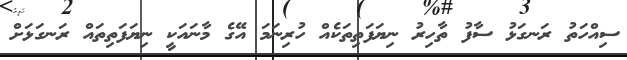
ސިއްހަތު ރަނގަޅު ސާފު ތާހިރު ނިޔަފަތިތަކެއް ހުރިނަމަ އޭގެ މާނައަކީ ނިޔަފަތިތައް ރަނގަޅަށް